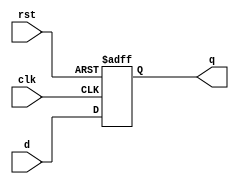
module flopr #(parameter WIDTH=8)(
    input clk,rst,
    input [WIDTH-1:0] d,
    output reg [ WIDTH-1:0] q
);
    always @(posedge clk, posedge rst) begin
        if(rst) begin
            q <= 0;
        end
        else begin
            q <= d;
        end
    end
endmodule